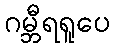
ဂမ္ဘီရရူပေ